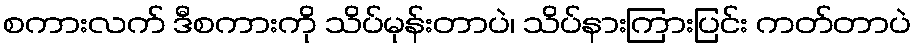
စကားလက် ဒီစကားကို သိပ်မုန်းတာပဲ၊ သိပ်နားကြားပြင်း ကတ်တာပဲ